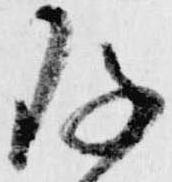
存